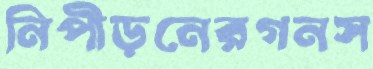
নিপীড়নেরগনস